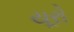
યૂરો